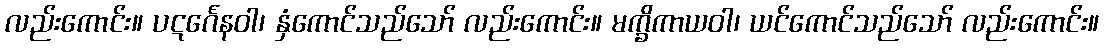
လည်းကောင်း။ ပဋင်္ဂေနဝါ၊ နှံကောင်သည်သော် လည်းကောင်း။ မက္ခိကာယဝါ၊ ယင်ကောင်သည်သော် လည်းကောင်း။